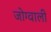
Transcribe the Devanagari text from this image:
जोग्वाली